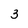
Character: 3